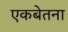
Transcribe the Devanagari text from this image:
एकबेतना